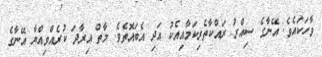
ވާހަކައެވެ. އޭނާގެ ސިއްރު ރައްކާތެރިކަމާއިއެކު އަދި އެބައޮތެވެ. މާތް އިރާދަ ކުރެއްވިއްޔާ އޭނާގެ